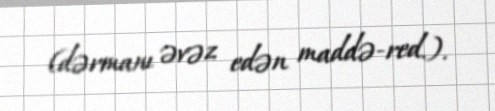
(dərmanı əvəz edən maddə-red.).